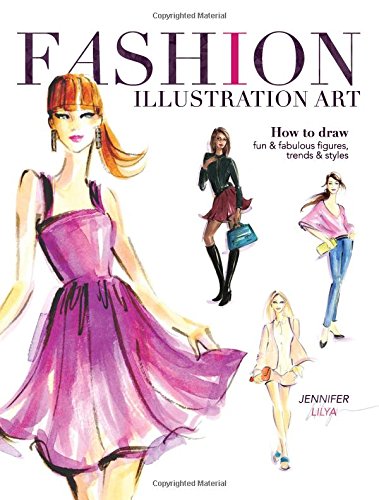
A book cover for Fashion Illustration Art: How to Draw Fun & Fabulous Figures, Trends and Styles; Jennifer Lilya; Arts & Photography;